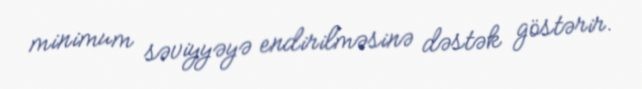
minimum səviyyəyə endirilməsinə dəstək göstərir.